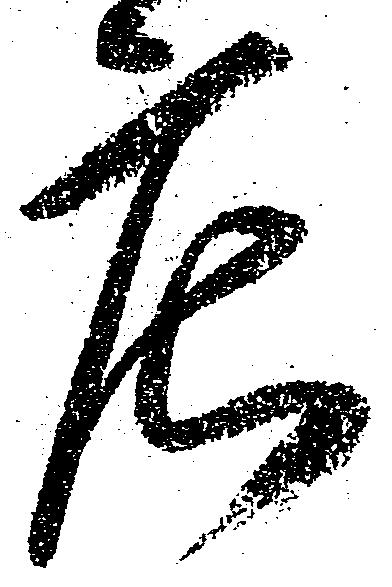
庄